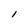
Character: 1